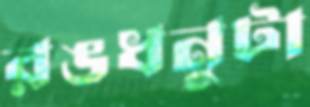
রঙধনুটা